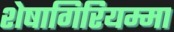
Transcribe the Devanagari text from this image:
शेषागिरियम्मा